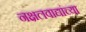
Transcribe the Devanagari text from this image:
नक्षलवाद्यांच्या